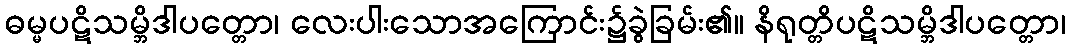
ဓမ္မပဋိသမ္ဘိဒါပတ္တော၊ လေးပါးသောအကြောင်း၌ခွဲခြမ်း၏။ နိရုတ္တိပဋိသမ္ဘိဒါပတ္တော၊